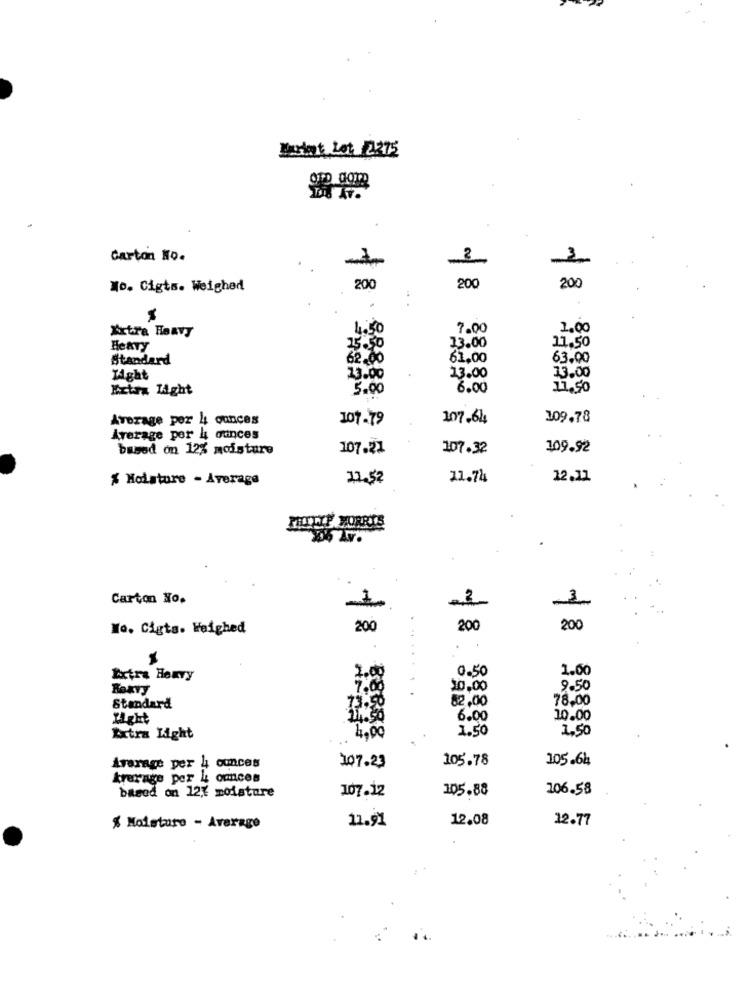
Bariat Let /2375
Carton No.
m
2
200
Wo. Cigts. Weighed
200
200
Extra Heavy
4.50
7.00
1.00
11.50
HeATy
15.50
13.00
Standard
62.00
61.00
63.00
Tight
23.00
23.00
13.00
Extra Light
5.00
6.00
11,50
Average per 4 ounces
107-79
107.64
109.78
Average por 4 ounces
based on 12% moisture
107.21
107.32
109.92
% Moisture - Average
11.52
11.74
12.11
PHILIP MORRIS
Carton No.
-2-
Wo. Cigts. Weighed
200
200
200
..
2.00
0.50
1.00
Extra Henry
7.65
10.00
9.50
73.50
82,00
78.00
Standard
Light
6.00
10.00
1.50
1,50
Extra Light
4,00
Average per 4 ounces
105.78
105.64
107.23
krerage per & ounces
based on 127 moisture
107.12
105.88
106.58
11.91
12.08
12.77
% Moisture - Average